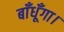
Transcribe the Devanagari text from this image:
बाँधूँगा।